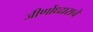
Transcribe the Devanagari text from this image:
जीर्णोध्दाराचे